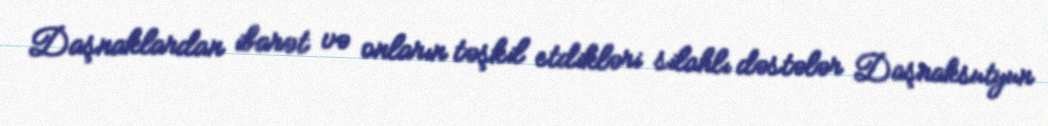
Daşnaklardan ibarət və onların təşkil etdikləri silahlı dəstələr Daşnaksutyun